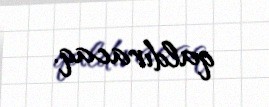
qaldıracaq.